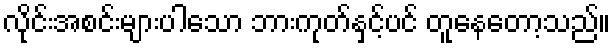
လိုင်းအစင်းများပါသော ဘားကုတ်နှင့်ပင် တူနေတော့သည်။